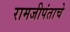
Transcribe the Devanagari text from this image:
रामजीपंताचे